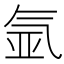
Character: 氩